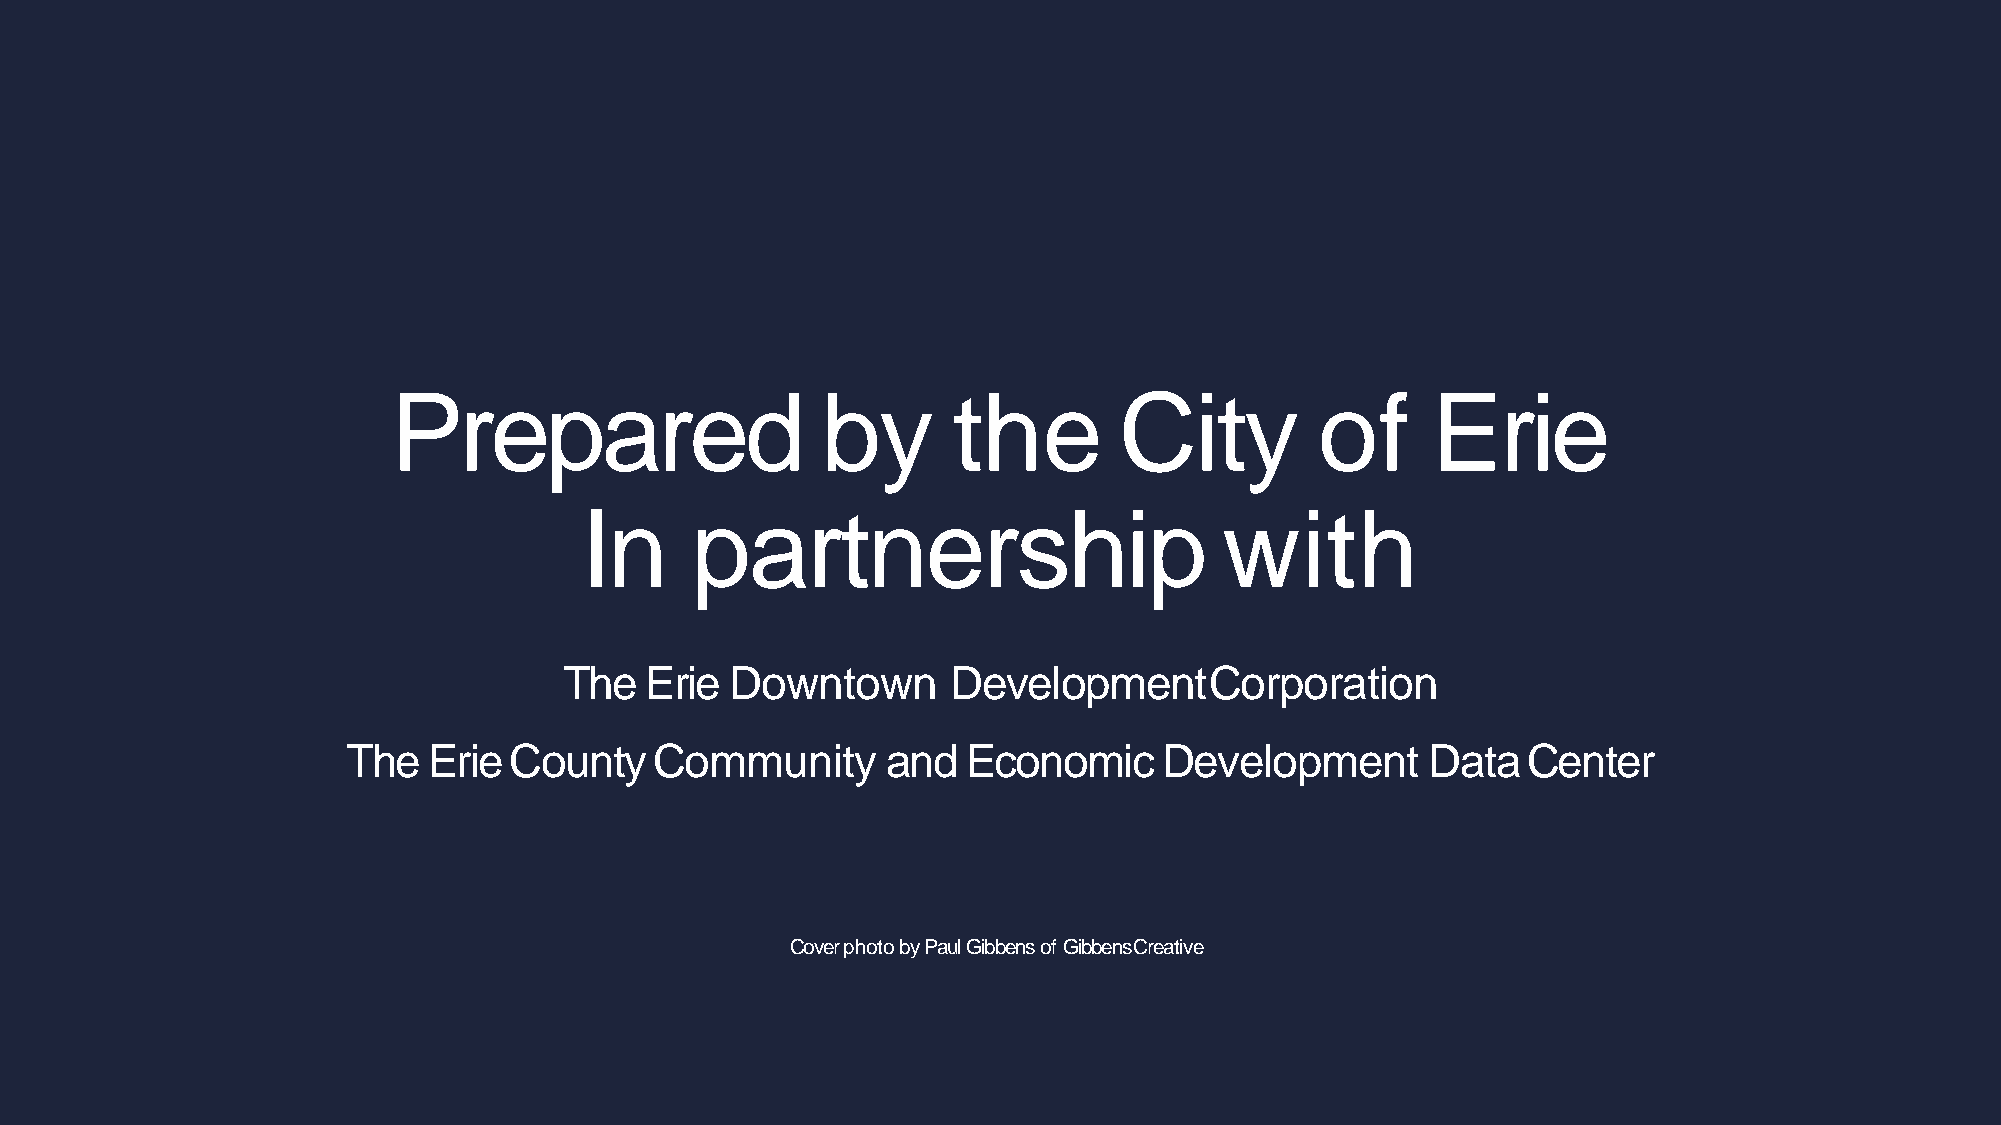
Prepared                    by       the        City         of      Erie
 In      partnership                        with
 The   Erie Downtown       DevelopmentCorporation
 The  ErieCounty     Community       and  Economic     Development       DataCenter
 Cover photo by Paul Gibbens of GibbensCreative